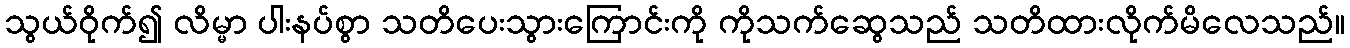
သွယ်ဝိုက်၍ လိမ္မာ ပါးနပ်စွာ သတိပေးသွားကြောင်းကို ကိုသက်ဆွေသည် သတိထားလိုက်မိလေသည်။